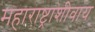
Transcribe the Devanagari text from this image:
महाराष्ट्राशीवाय